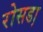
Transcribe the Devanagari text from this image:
रोसडा़